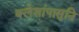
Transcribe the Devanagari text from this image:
क्लेशांपासुनि